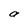
Character: a